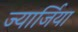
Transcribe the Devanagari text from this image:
ज्यार्जिया